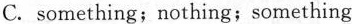
C.something;nothing;something